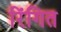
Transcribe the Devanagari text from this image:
रिंगित